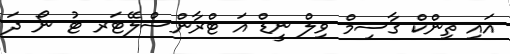
އައި ތިންކް ގާސިމް ވިލް ނީޑް އަ ޓްރާންސްލޭޓަރ ޓު ނޯ ދަ